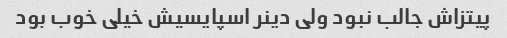
پیتزاش جالب نبود ولی دینر اسپایسیش خیلی خوب بود